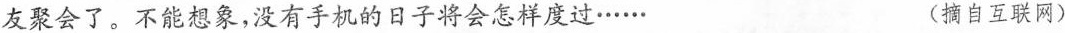
友聚会了。不能想象，没有手机的日子将会怎样度过…... (摘自互联网)